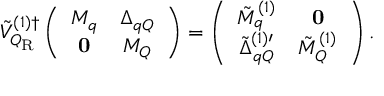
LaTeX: { \tilde { \cal V } } _ { { \cal Q } _ { \mathrm { R } } } ^ { ( 1 ) \dagger } \left( \begin{array} { c c } { { M _ { q } } } & { { \Delta _ { q Q } } } \\ { { { \bf 0 } } } & { { M _ { Q } } } \end{array} \right) = \left( \begin{array} { c c } { { { \tilde { M } } _ { q } ^ { ( 1 ) } } } & { { { \bf 0 } } } \\ { { { \tilde { \Delta } } _ { q Q } ^ { ( 1 ) \prime } } } & { { { \tilde { M } } _ { Q } ^ { ( 1 ) } } } \end{array} \right) .